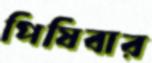
পিষিবার